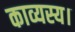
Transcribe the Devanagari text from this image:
काव्यस्य।